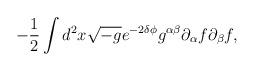
LaTeX: \begin{align*}- \frac{1}{2} \int d^2 x \sqrt{-g} e^{-2\delta \phi} g^{\alpha \beta}\partial_{\alpha} f \partial_{\beta} f ,\end{align*}